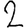
Digit: 2